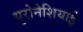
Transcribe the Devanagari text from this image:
युरोनेशियाई